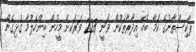
ޕާކިސްތާނުގެ ކަމާ ބެހޭ އިދާރާތަކުން ވަނީ 228 ވަރަކށް މީހުން ބިންހެލުމާ ގުޅިގެން